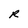
Character: R